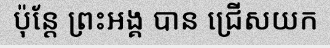
ប៉ុន្តែ ព្រះអង្គ បាន ជ្រើសយក